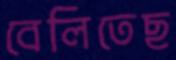
বেলিতেছ